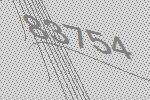
83754